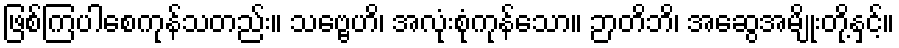
ဖြစ်ကြပါစေကုန်သတည်း။ သဗ္ဗေဟိ၊ အလုံးစုံကုန်သော။ ဉာတိဘိ၊ အဆွေအမျိုးတို့နှင့်။